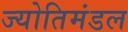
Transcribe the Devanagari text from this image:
ज्योतिमंडल